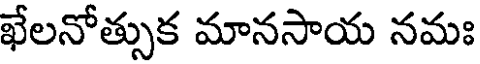
ఖేలనోత్సుక మానసాయ నమః